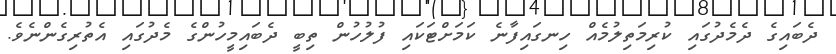
ދެބައިގެ ދެމެދުގައި ކުރިމަތިލުމެއް ހިނގައިފާނެ ކަމަށްޓަކައި ފުލުހުން ތިބީ ދެބައިމީހުންގެ މެދުގައި އެތުރިގެންނެވެ.